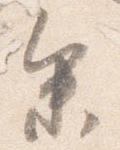
参